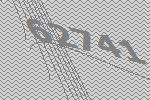
62741